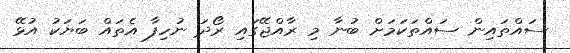
ސައްތައިން ސައްތަކަމަށް ބުނާ މި ރާއްޖޭގައި ރޯދަ ނުހިފާ އެތައް ބަޔަކު އުޅޭ